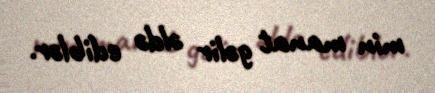
min manat gəlir əldə ediblər.